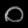
Digit: ၀